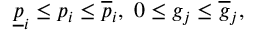
\underline { { p } } _ { i } \leq p _ { i } \leq \overline { { p } } _ { i } , \; 0 \leq g _ { j } \leq \overline { { g } } _ { j } ,